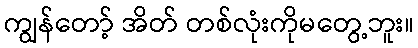
ကျွန်တော့် အိတ် တစ်လုံးကိုမတွေ့ဘူး။